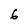
Character: 6